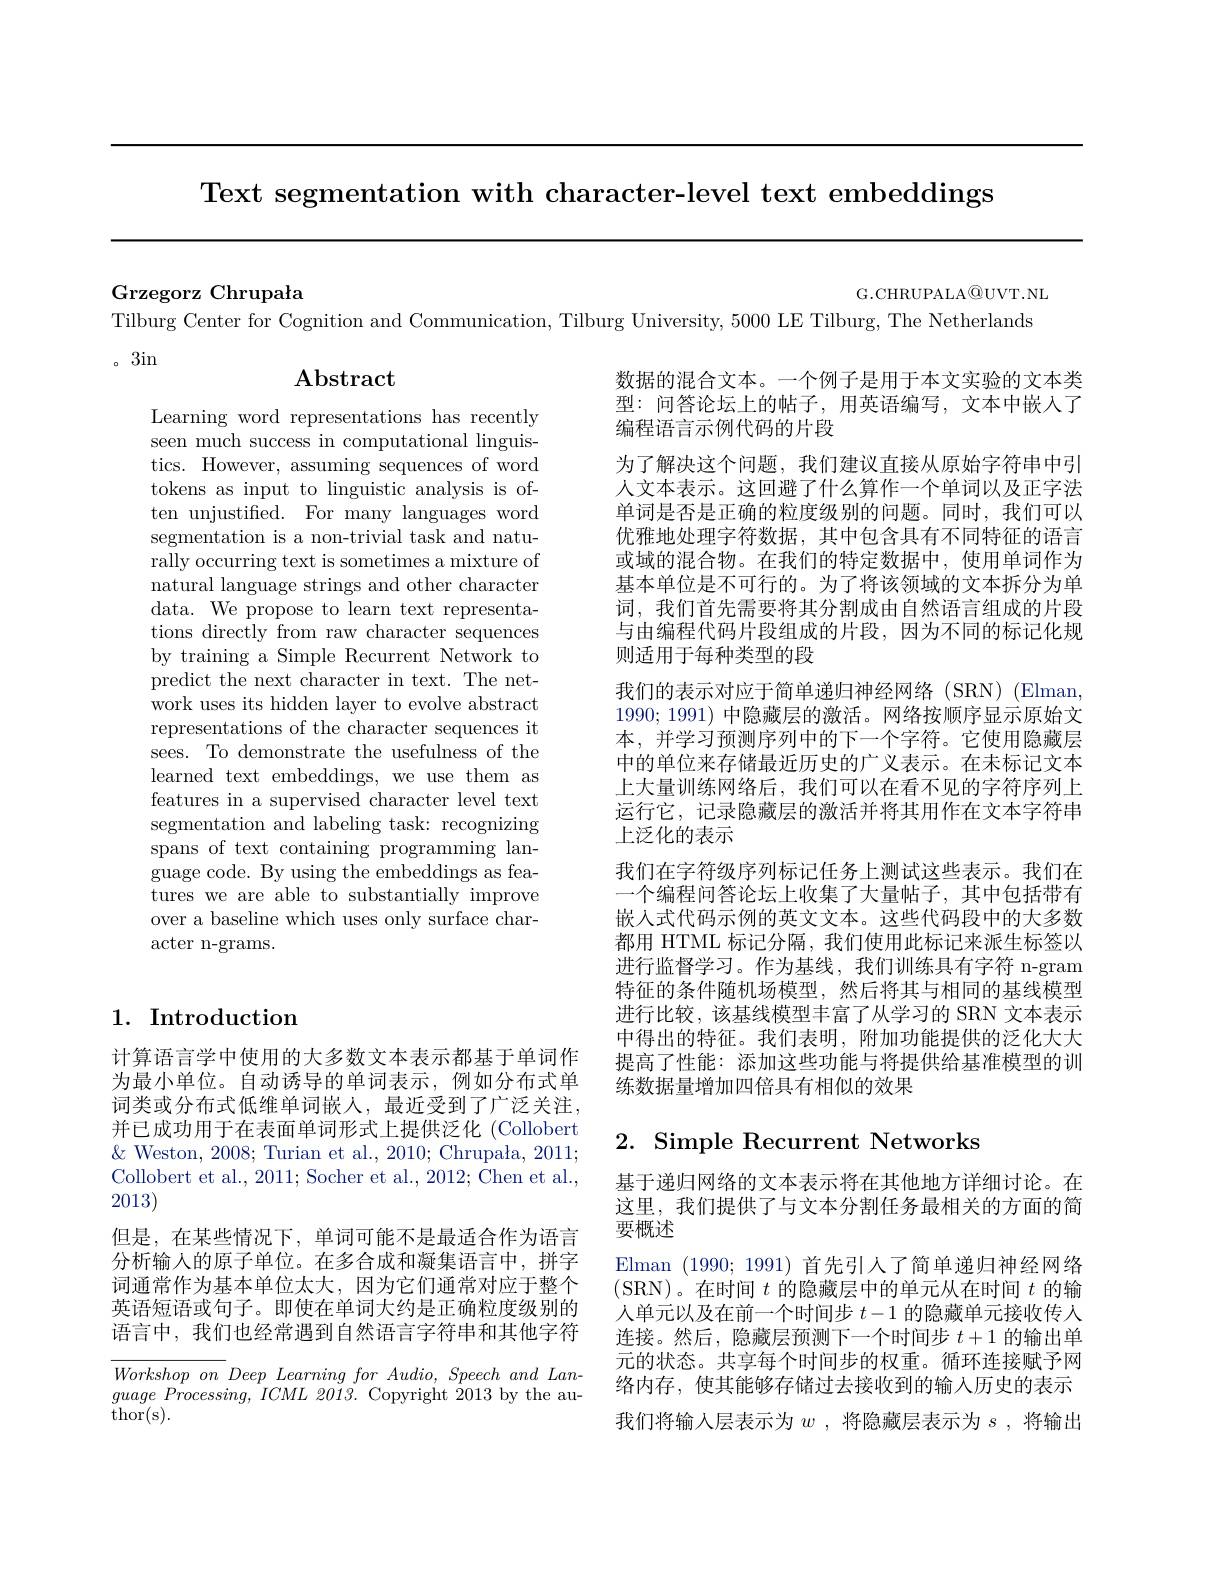
Text segmentation with character-level text embeddings

G.CHRUPALA@UVT.NL

Grzegorz Chrupała

Tilburg Center for Cognition and Communication, Tilburg University, 5000 LE Tilburg, The Netherlands

。3in

# Abstract

Learning word representations has recently seen much success in computational linguistics. However, assuming sequences of word tokens as input to linguistic analysis is often unjustified. For many languages word segmentation is a non-trivial task and naturally occurring text is sometimes a mixture of natural language strings and other character data. We propose to learn text representations directly from raw character sequences by training a Simple Recurrent Network to predict the next character in text. The network uses its hidden layer to evolve abstract representations of the character sequences it sees. To demonstrate the usefulness of the learned text embeddings, we use them as features in a supervised character level text segmentation and labeling task: recognizing spans of text containing programming language code. By using the embeddings as features we are able to substantially improve over a baseline which uses only surface character n-grams.

数据的混合文本。一个例子是用于本文实验的文本类型：问答论坛上的帖子，用英语编写，文本中嵌人了编程语言示例代码的片段
为了解决这个问题，我们建议直接从原始字符串中引人文本表示。这回避了什么算作一个单词以及正字法单词是否是正确的粒度级别的问题。同时，我们可以优雅地处理字符数据，其中包含具有不同特征的语言或域的混合物。在我们的特定数据中，使用单词作为基本单位是不可行的。为了将该领域的文本拆分为单词，我们首先需要将其分割成由自然语言组成的片段与由编程代码片段组成的片段，因为不同的标记化规则适用于每种类型的段
我 们 的 表 示 对 应 于 简 单 递 归 神 经 网 络 ( SRN) ( Elman, 1990; 1991) 中隐藏层的激活。网络按顺序显示原始文本，并学习预测序列中的下一个字符。它使用隐藏层中的单位来存储最近历史的广义表示。在未标记文本上大量训练网络后，我们可以在看不见的字符序列上运行它，记录隐藏层的激活并将其用作在文本字符串上泛化的表示
我们在字符级序列标记任务上测试这些表示。我们在一个编程问答论坛上收集了大量帖子，其中包括带有嵌入式代码示例的英文文本。这些代码段中的大多数都用 HTML 标记分隔，我们使用此标记来派生标签以进行监督学习。作为基线，我们训练具有字符 n-gram 特征的条件随机场模型，然后将其与相同的基线模型进行比较，该基线模型丰富了从学习的 SRN 文本表示中得出的特征。我们表明，附加功能提供的泛化大大提高了性能：添加这些功能与将提供给基准模型的训练数据量增加四倍具有相似的效果

# 1. Introduction

## 2. Simple Recurrent Networks

计算语言学中使用的大多数文本表示都基于单词作为最小单位。自动诱导的单词表示，例如分布式单词类或分布式低维单词嵌人，最近受到了广泛关注， 并已成功用于在表面单词形式上提供泛化 (Collobert $\&$ Weston, 2008; Turian et al., 2010; Chrupała, 2011; Collobert et al., 2011; Socher et al., 2012; Chen et al., 2013)
但是，在某些情况下，单词可能不是最适合作为语言分析输入的原子单位。在多合成和凝集语言中，拼字词通常作为基本单位太大，因为它们通常对应于整个英语短语或句子。即使在单词大约是正确粒度级别的语言中，我们也经常遇到自然语言字符串和其他字符$WorkshoponDeepLearningforAudio,SpeechandLan$ $guage\textit{ Processing, ICML 2013. Copyright 2013 by the au- }$ $\bar{\mathrm{thor(s).}}$

基于递归网络的文本表示将在其他地方详细讨论。在这里，我们提供了与文本分割任务最相关的方面的简要概述
Elman (1990;1991)首先引人了简单递归神经网络(SRN)。在时间$t$的隐藏层中的单元从在时间$t$的输人单元以及在前一个时间步$t-1$的隐藏单元接收传入连接。然后，隐藏层预测下一个时间步$t+1$的输出单元的状态。共享每个时间步的权重。循环连接赋予网络内存，使其能够存储过去接收到的输入历史的表示我们将输入层表示为$w$ ,将隐藏层表示为$s$ ,将输出